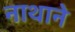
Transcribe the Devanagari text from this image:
नाथाने